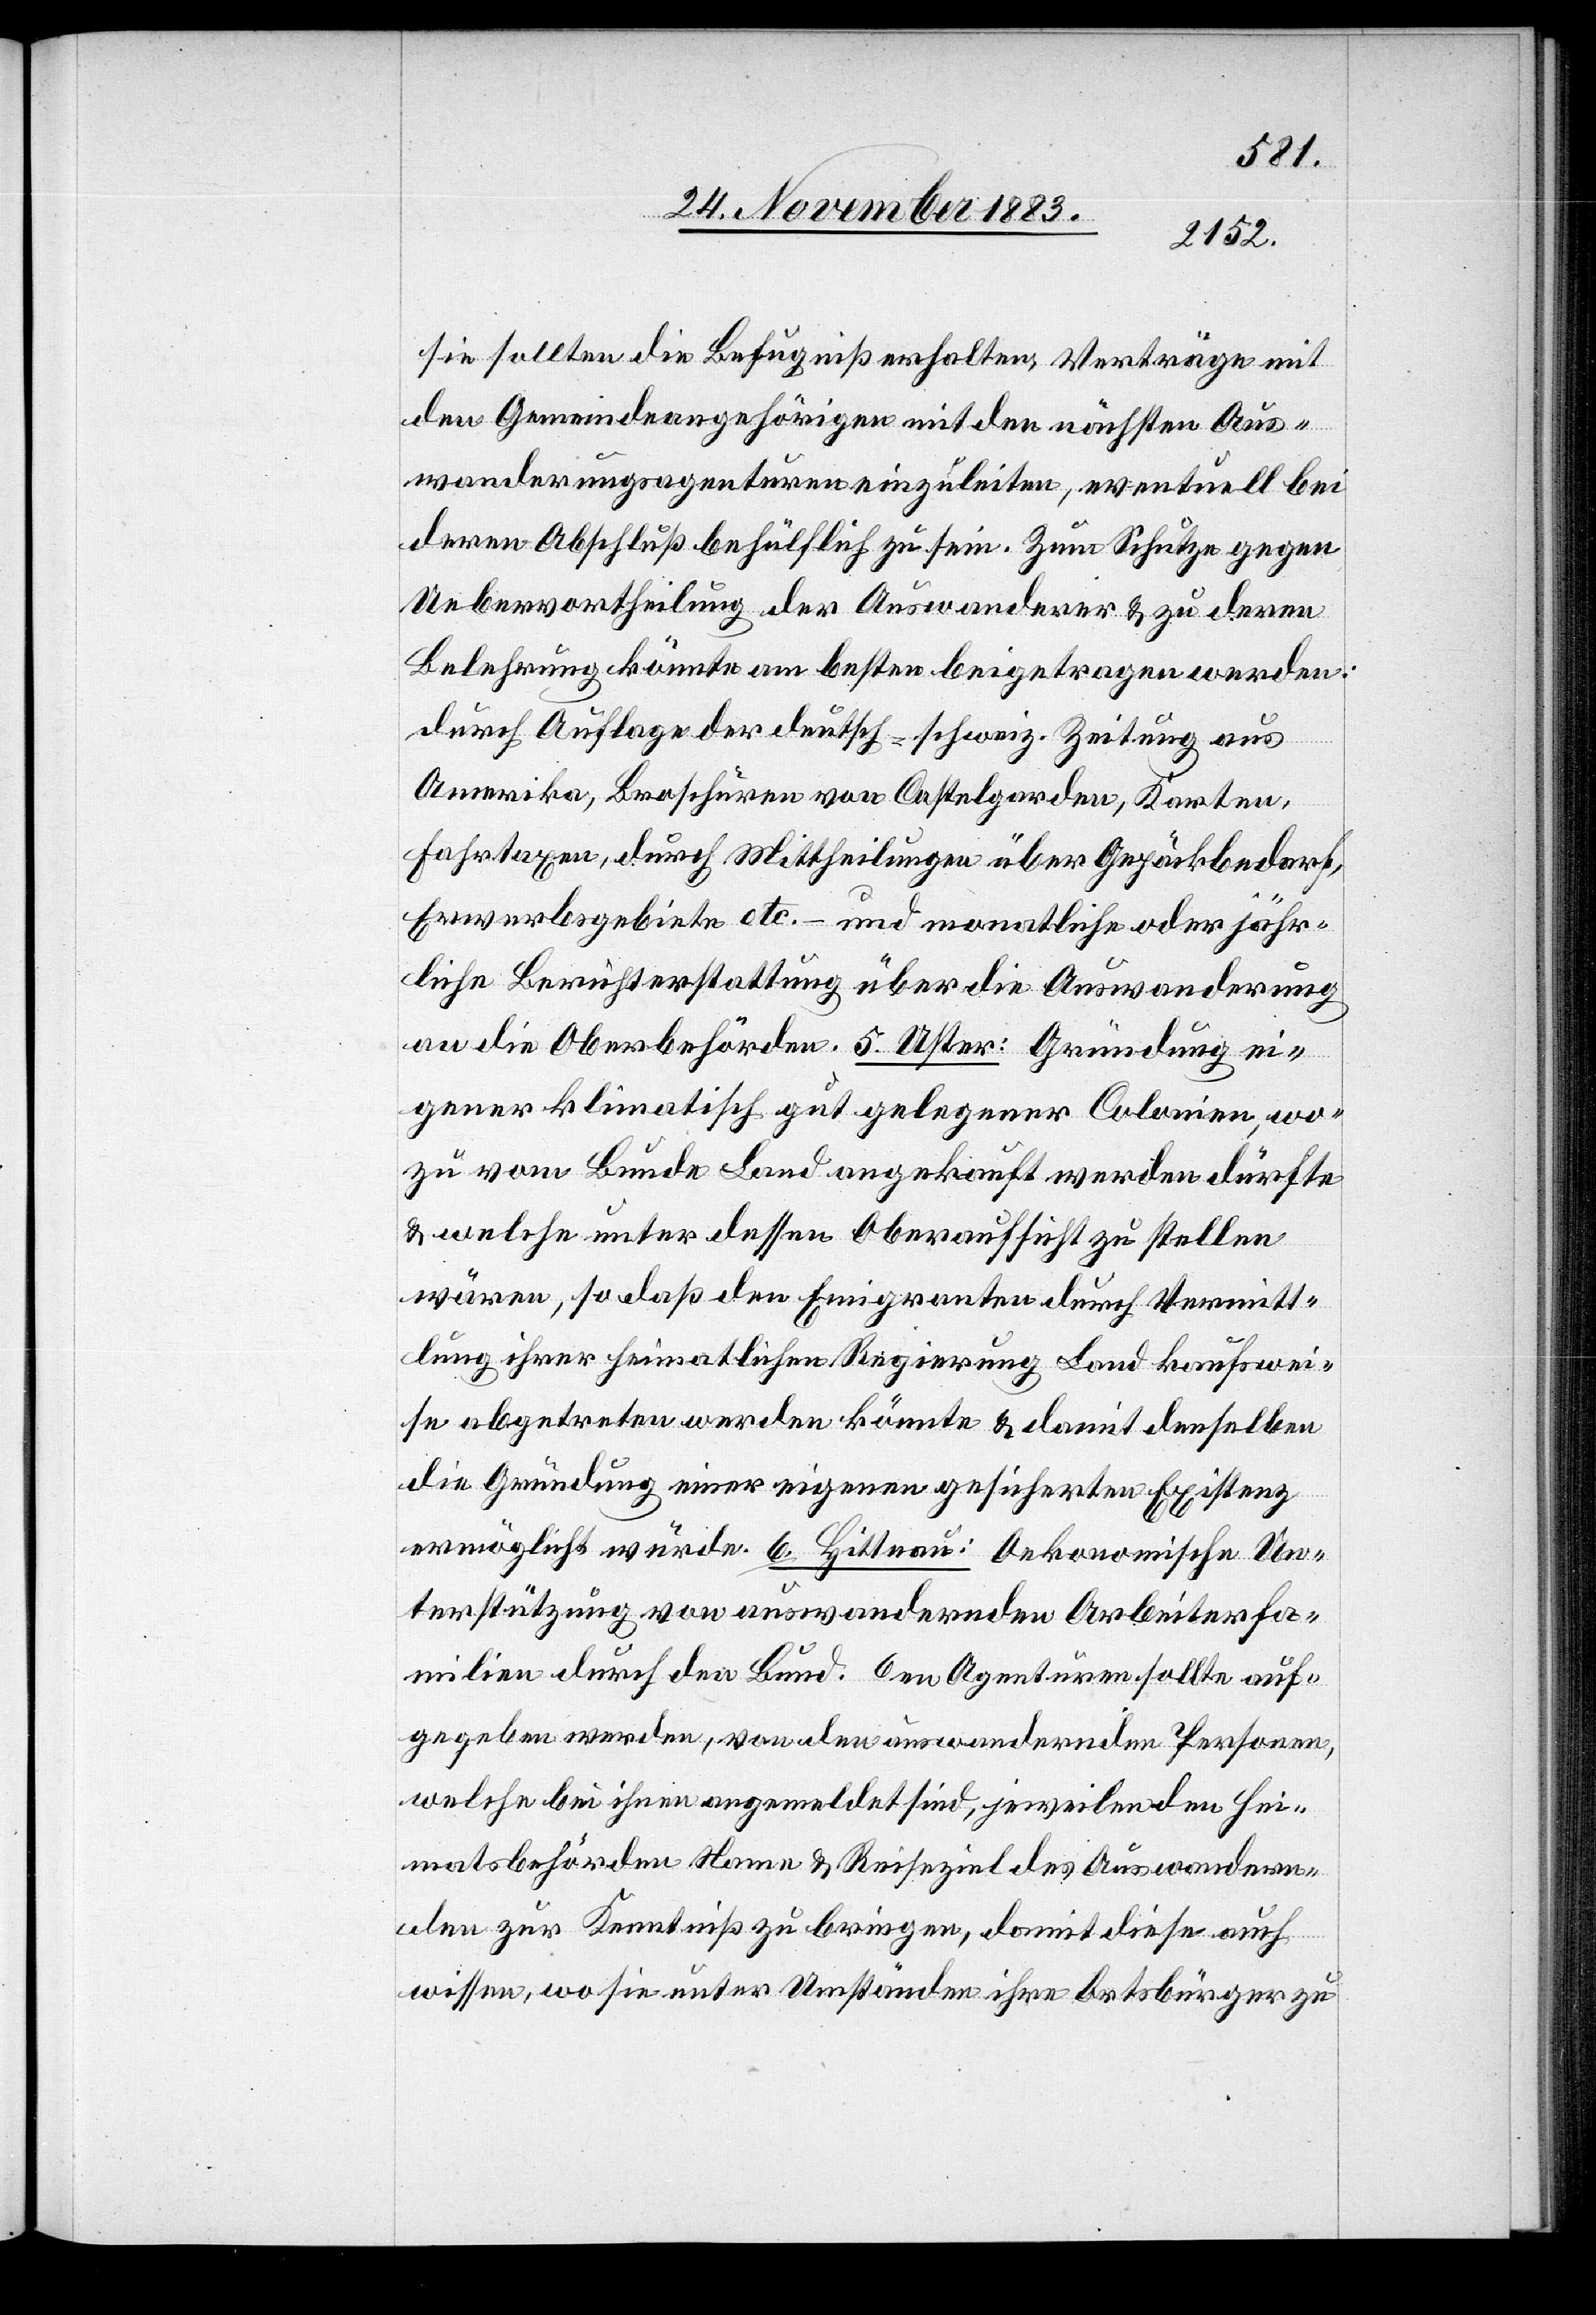
sie sollten die Befugniß erhalten, Verträge mit
den Gemeindeangehörigen mit den nächsten Aus¬
wanderungsagenturen einzuleiten, eventuell bei
deren Abschluß behülflich zu sein. Zum Schutze gegen
Uebervortheilung der Auswanderer & zu deren
Belehrung könnte am besten beigetragenen werden:
durch Auflage der deutsch-schweiz. Zeitung aus
Amerika, Broschüren von Castelgarden, Karten,
Fahrtaxen, durch Mittheilungen über Gepäckbedarf,
Erwerbsgebiete etc. – und monatliche oder jähr¬
liche Berichterstattung über die Auswanderung
an die Oberbehörden. 5. Uster: Gründung ei¬
gener klimatisch gut gelegener Colonien, wo¬
zu vom Bunde Land angekauft werden dürfte
& welche unter dessen Oberaufsicht zu stellen
wären, so daß den Emigranten durch Vermitt¬
lung ihrer heimatlichen Regierung Land kaufswei¬
se abgetreten werden könnte & damit denselben
die Gründung einer eigenen gesicherten Existenz
ermöglicht würde. 6. Hittnau: Oekonomische Un¬
terstützung von auswandernden Arbeiterfa¬
milien durch den Bund. Den Agenturen sollte auf¬
gegeben werden, von den auswandernden Personen,
welche bei ihnen angemeldet sind jeweilen den Hei¬
matsbehörden Name & Reiseziel des Auswandern¬
den zur Kenntniß zu bringen, damit diese auch
wissen wo sie unter Umständen ihre Ortsbürger zu